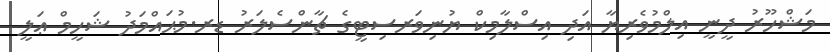
މަޝްހޫރު ދީނީ އިލްމުވެރިޔާ އަދި އިސްލާމިކް ޔުނިވަރސިޓީގެ ޗާންސެލަރު ޑރ.މުޙައްމަދު ޝަހީމް ޢަލީ